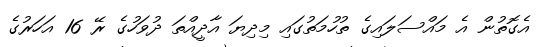
އެގޮތުން އެ މައްސަލައިގެ ތުހުމަތުގައި މިދިޔަ އާދީއްތަ ދުވަހުގެ ރޭ 16 އަހަރުގެ